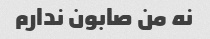
نه من صابون ندارم